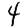
Digit: 4